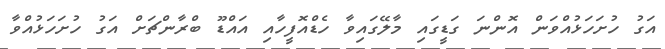
އަގު ހުށަހަޅުއްވަން އޮންނަ ގަޑީގައި މާލޭގައިވާ ހެޑްއޮފީހާއި އައްޑޫ ބްރާންޗަށް އަގު ހުށަހަޅުއްވާ